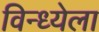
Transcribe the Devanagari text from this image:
विन्ध्येला